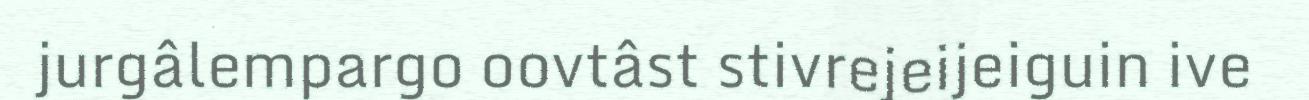
jurgâlempargo oovtâst stivrejeijeiguin ive